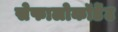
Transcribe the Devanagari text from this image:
सेफालोकॉर्डेट